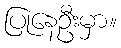
ပြုနေဦးမှာ။